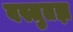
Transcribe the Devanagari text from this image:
वस्तुतज्ञ